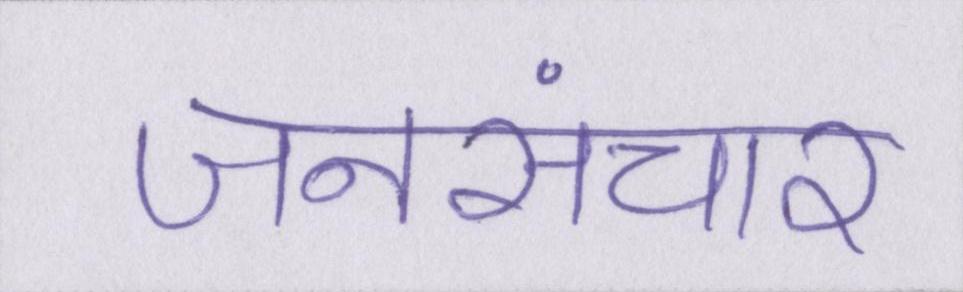
जनसंचार